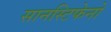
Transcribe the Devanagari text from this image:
सानस्टिफेनो